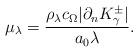
LaTeX: \begin{align*}\mu_\lambda =\frac{\rho_\lambda c_\Omega |\partial_n K^\pm_\gamma|}{a_0\lambda}.\end{align*}